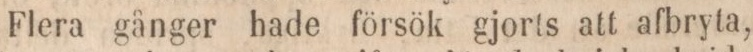
Flera gånger hade försök gjorts att afbryta,